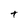
Character: t